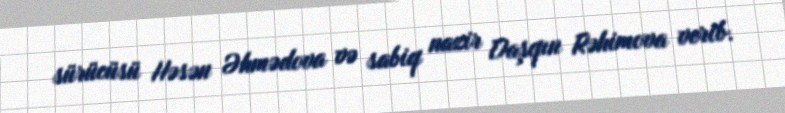
sürücüsü Həsən Əhmədova və sabiq nazir Daşqın Rəhimova verib.